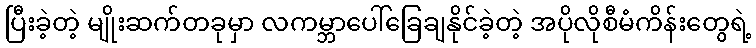
ပြီးခဲ့တဲ့ မျိုးဆက်တခုမှာ လကမ္ဘာပေါ်ခြေချနိုင်ခဲ့တဲ့ အပိုလိုစီမံကိန်းတွေရဲ့